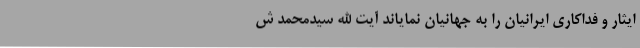
ایثار و فداکاری ایرانیان را به جهانیان نمایاند آیت الله سیدمحمد ش